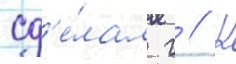
сд'е́лал г // К